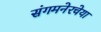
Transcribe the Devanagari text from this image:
संगमनेरचेया